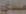
عندي